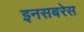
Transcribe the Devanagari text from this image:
इनसबरेस